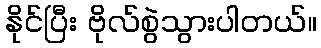
နိုင်ပြီး ဗိုလ်စွဲသွားပါတယ်။